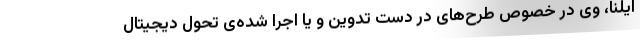
ایلنا، وی در خصوص طرح‌های در دست تدوین و یا اجرا شده‌ی تحول دیجیتال